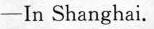
-In Shanghai.